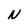
Character: N